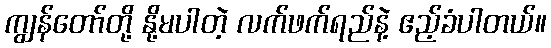
ကျွန်တော်တို့ နို့မပါတဲ့ လက်ဖက်ရည်နဲ့ ဧည့်ခံပါတယ်။